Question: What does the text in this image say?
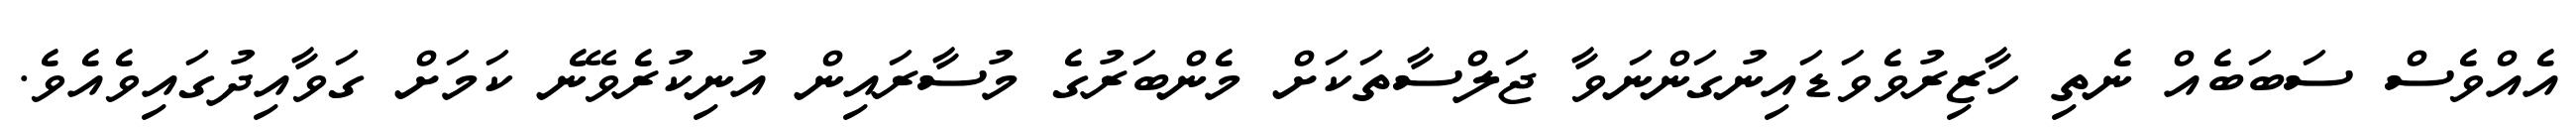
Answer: އެއްވެސް ސަބަބެއް ނެތި ހާޒިރުވެވަޑައިނުގަންނަވާ ޖަލްސާތަކަށް މެންބަރުގެ މުސާރައިން އުނިކުރެވޭނެ ކަމަށް ގަވާއިދުގައިވެއެވެ.